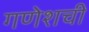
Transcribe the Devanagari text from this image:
गणेशची